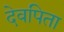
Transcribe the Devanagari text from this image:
देवपिता